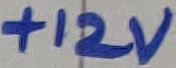
Text: +12V